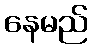
နေမည်